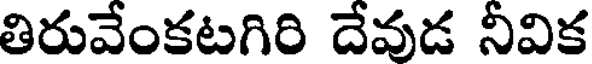
తిరువేంకటగిరి దేవుడ నీవిక